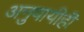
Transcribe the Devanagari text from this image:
अनुयायीही